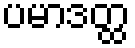
ပမာဒတ္ထ